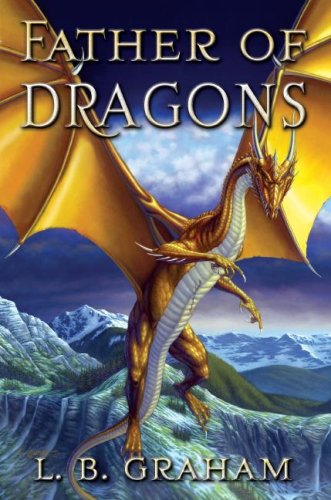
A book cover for Father of Dragons (The Binding of the Blade, Book 4); L. B. Graham; Christian Books & Bibles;